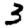
Digit: 3